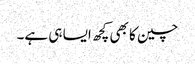
چین کا بھی کچھ ایسا ہی ہے۔